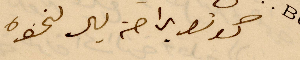
كونو برحة بال لنحوه